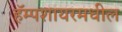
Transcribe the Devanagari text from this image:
हॅम्पशायरमधील